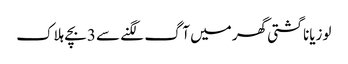
لوزیانا گشتی گھر میں آگ لگنے سے 3بچے ہلاک